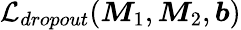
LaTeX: \mathcal{L}_{dropout}(\boldsymbol{M}_{1},\boldsymbol{M}_{2},\boldsymbol{b})